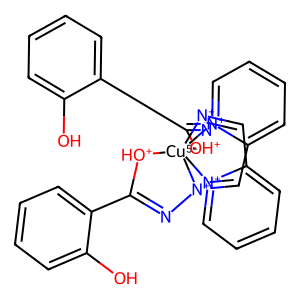
SMILES: Oc1ccccc1C1=N[N+]2=Cc3cccc[n+]3[Cu-5]234([OH+]1)[OH+]C(c1ccccc1O)=N[N+]3=Cc1cccc[n+]14
Inhibits HIV replication: No